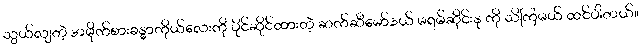
သွယ်လျတဲ့ အမိုက်စားခန္ဓာကိုယ်လေးကို ပိုင်ဆိုင်ထားတဲ့ ဆက်ဆီမော်ဒယ် မရမ်ဆိုင်းနု ကို သိကြမယ် ထင်ပါတယ်။